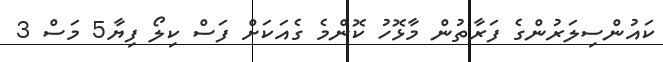
ކައުންސިލަރުންގެ ފަރާތުން މާޅޮހު ކޮންމެ ގެއަކަށް ފަސް ކިލޯ ފިޔާ5 މަސް 3